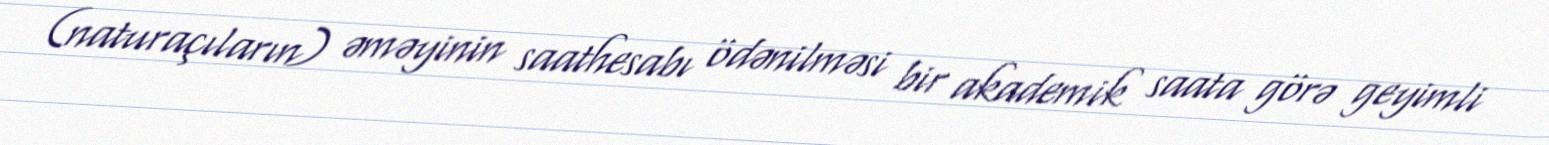
(naturaçıların) əməyinin saathesabı ödənilməsi bir akademik saata görə geyimli